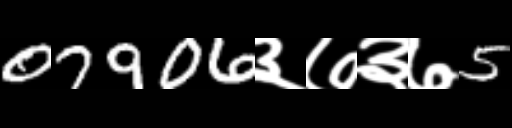
Text: 07906३७३७5